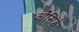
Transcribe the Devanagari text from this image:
ओसिंडे